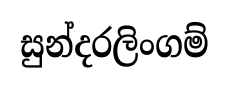
සුන්දරලිංගම්